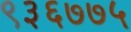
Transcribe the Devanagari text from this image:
९३६७७५